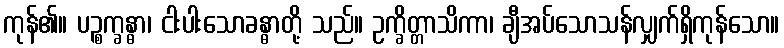
ကုန်၏။ ပဉ္စက္ခန္ဓာ၊ ငါးပါးသောခန္ဓာတို့ သည်။ ဥက္ခိတ္တာသိကာ၊ ချီအပ်သောသန်လျှက်ရှိကုန်သော။